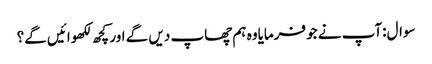
سوال:آپ نے جو فرمایاوہ ہم چھاپ دیں گے اور کچھ لکھوائیں گے؟